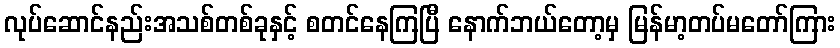
လုပ်ဆောင်နည်းအသစ်တစ်ခုနှင့် စတင်နေကြပြီ နောက်ဘယ်တော့မှ မြန်မာ့တပ်မတော်ကြား